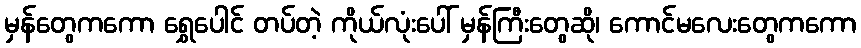
မှန်တွေကကော ရွှေပေါင် တပ်တဲ့ ကိုယ်လုံးပေါ် မှန်ကြီးတွေဆို၊ ကောင်မလေးတွေကကော